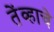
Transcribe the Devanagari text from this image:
तेंव्हाचे